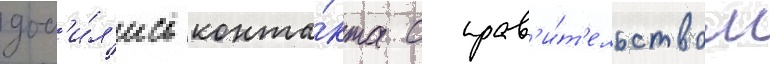
доб'и́л'ись конта́кта с прав'и́т'ельством